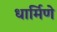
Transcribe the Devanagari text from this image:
धार्मिणे